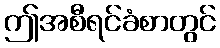
ဤအစီရင်ခံစာတွင်